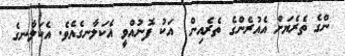
ންގެ ތެރެޔަށް އެއުރެންގެ ތެރެއިން  އަކު ފޮނުއްވީ އެކަލާނގެއެވެ. އެކަލާނގެ